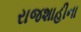
રાજશાહીના